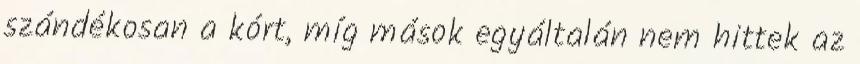
szándékosan a kórt, míg mások egyáltalán nem hittek az